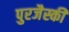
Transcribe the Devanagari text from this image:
पुरजैस्की